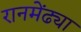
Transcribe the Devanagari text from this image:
रानमेंढ्या